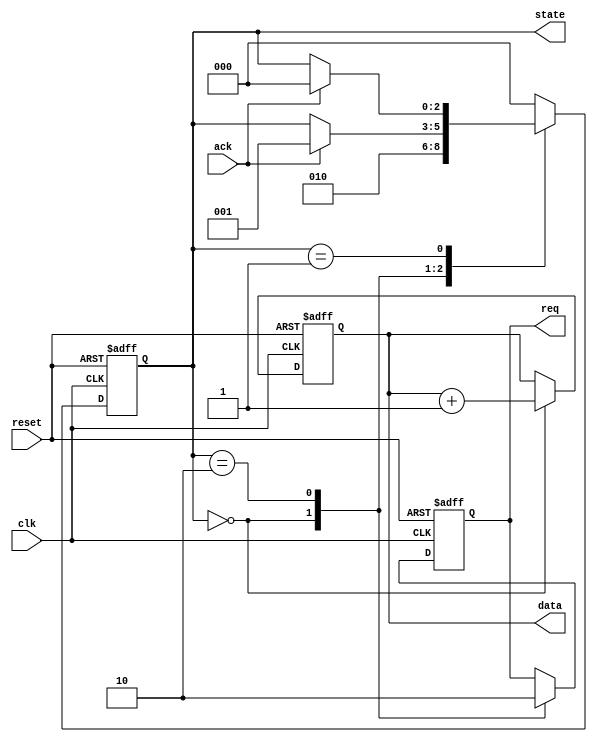
module Master(
    input wire clk,
    input wire reset,
    input wire ack,           // Acknowledgment signal from Slave
    output reg req,          // Request signal to Slave
    output reg [7:0] data,   // Data bus
    output reg [2:0] state   // State of Master
);
    // State encoding
    localparam IDLE = 3'b000;
    localparam WAIT_FOR_ACK = 3'b001;
    localparam SEND_DATA = 3'b010;

    initial begin
        state = IDLE;
        req = 0;
        data = 8'b0;
    end

    always @(posedge clk or posedge reset) begin
        if (reset) begin
            state <= IDLE;
            req <= 0;
            data <= 8'b0;
        end else begin
            case (state)
                IDLE: begin
                    // Prepare data to send
                    data <= data + 1; // Increment data for demonstration
                    req <= 1; // Assert request
                    state <= SEND_DATA;
                end
                SEND_DATA: begin
                    req <= 0; // Deassert request after sending data
                    if (ack) begin
                        state <= WAIT_FOR_ACK; // Wait for acknowledgment
                    end
                end
                WAIT_FOR_ACK: begin
                    if (ack) begin
                        state <= IDLE; // Go back to idle if acknowledgment is received
                    end
                end
                default: state <= IDLE; // Fallback to idle
            endcase
        end
    end
endmodule